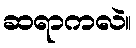
ဆရာကလဲ။